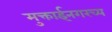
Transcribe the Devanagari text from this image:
मुक्ताईनगरच्य